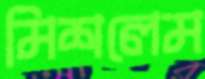
মিশলেম